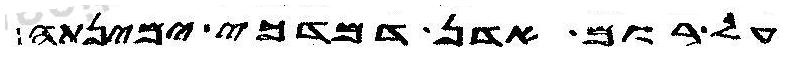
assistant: על רום אדן דמדכי ימינתה